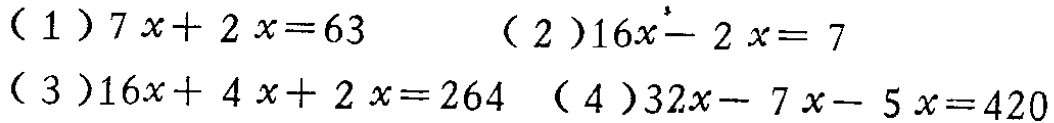
（1）\(7x + 2x = 63\)  （2）\(16x - 2x = 7\)

（3）\(16x + 4x + 2x = 264\) （4）\(32x - 7x - 5x = 420\)